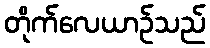
တိုက်လေယာဉ်သည်